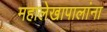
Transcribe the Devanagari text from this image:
महालेखापालांना